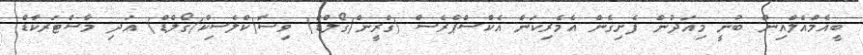
ބީއެމްއެލްއިން ބުނީ މިއަދުން ފެށިގެން އެެމެރިކަން އެކްސްޕްރެސް (ގްރީން/ގޯލްޑް) ވިސާ(ކްލެސިކް/ގޯލްޑް) އަދި މާސްޓަރކާޑް